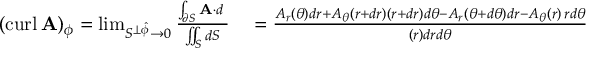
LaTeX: \begin{array} { r l } { ( \operatorname { c u r l } \mathbf { A } ) _ { \phi } = \operatorname* { l i m } _ { S ^ { \perp { \boldsymbol { \hat { \phi } } } } \to 0 } { \frac { \int _ { \partial S } \mathbf { A } \cdot d \mathbf { \ell } } { \iint _ { S } d S } } } & { { } = { \frac { A _ { r } ( \theta ) d r + A _ { \theta } ( r + d r ) ( r + d r ) d \theta - A _ { r } ( \theta + d \theta ) d r - A _ { \theta } ( r ) \, r d \theta } { ( r ) d r d \theta } } } \end{array}